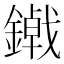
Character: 𮣃